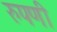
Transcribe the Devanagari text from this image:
रुपणी